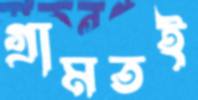
গ্রামতই